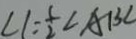
\angle 1 = \frac { 1 } { 2 } \angle A B C